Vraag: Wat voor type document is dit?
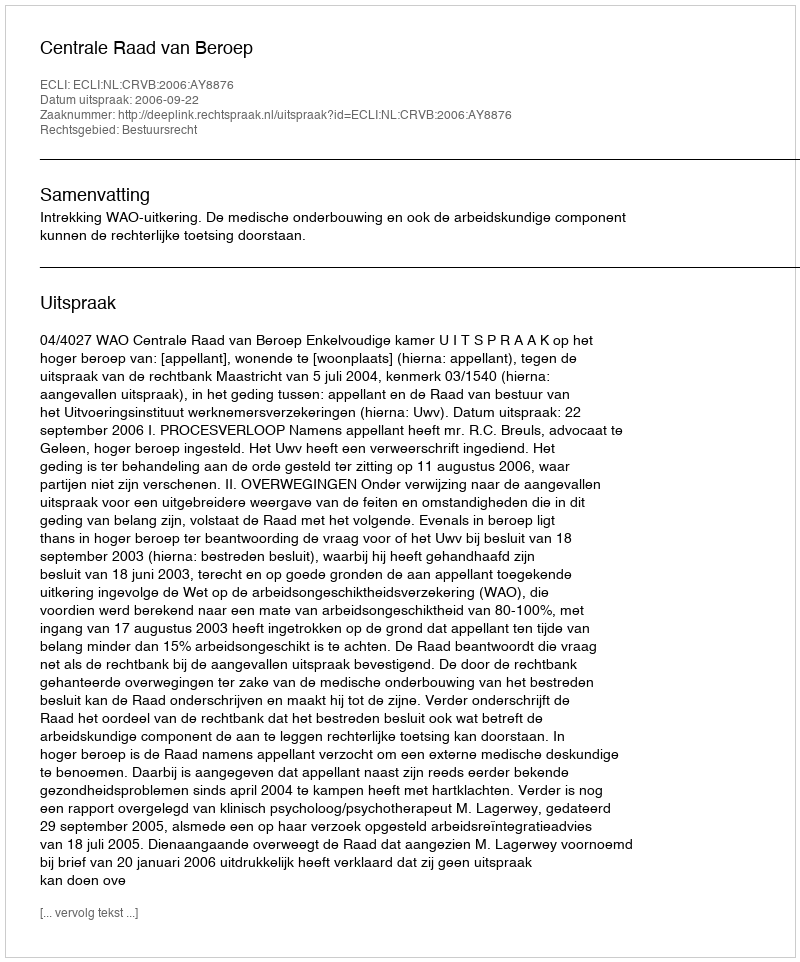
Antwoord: Uitspraak